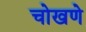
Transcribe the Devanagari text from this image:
चोखणे